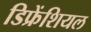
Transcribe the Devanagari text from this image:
डिफ्रेंशियल